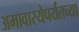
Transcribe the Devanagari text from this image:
अमावास्येपर्यंतच्या